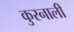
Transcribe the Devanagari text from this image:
कुरनाली